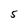
Character: 5